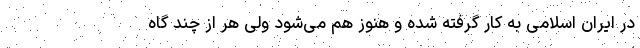
در ایران اسلامی به کار گرفته شده و هنوز هم می‌شود ولی هر از چند گاه